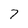
Character: 7